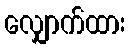
လျှောက်ထား